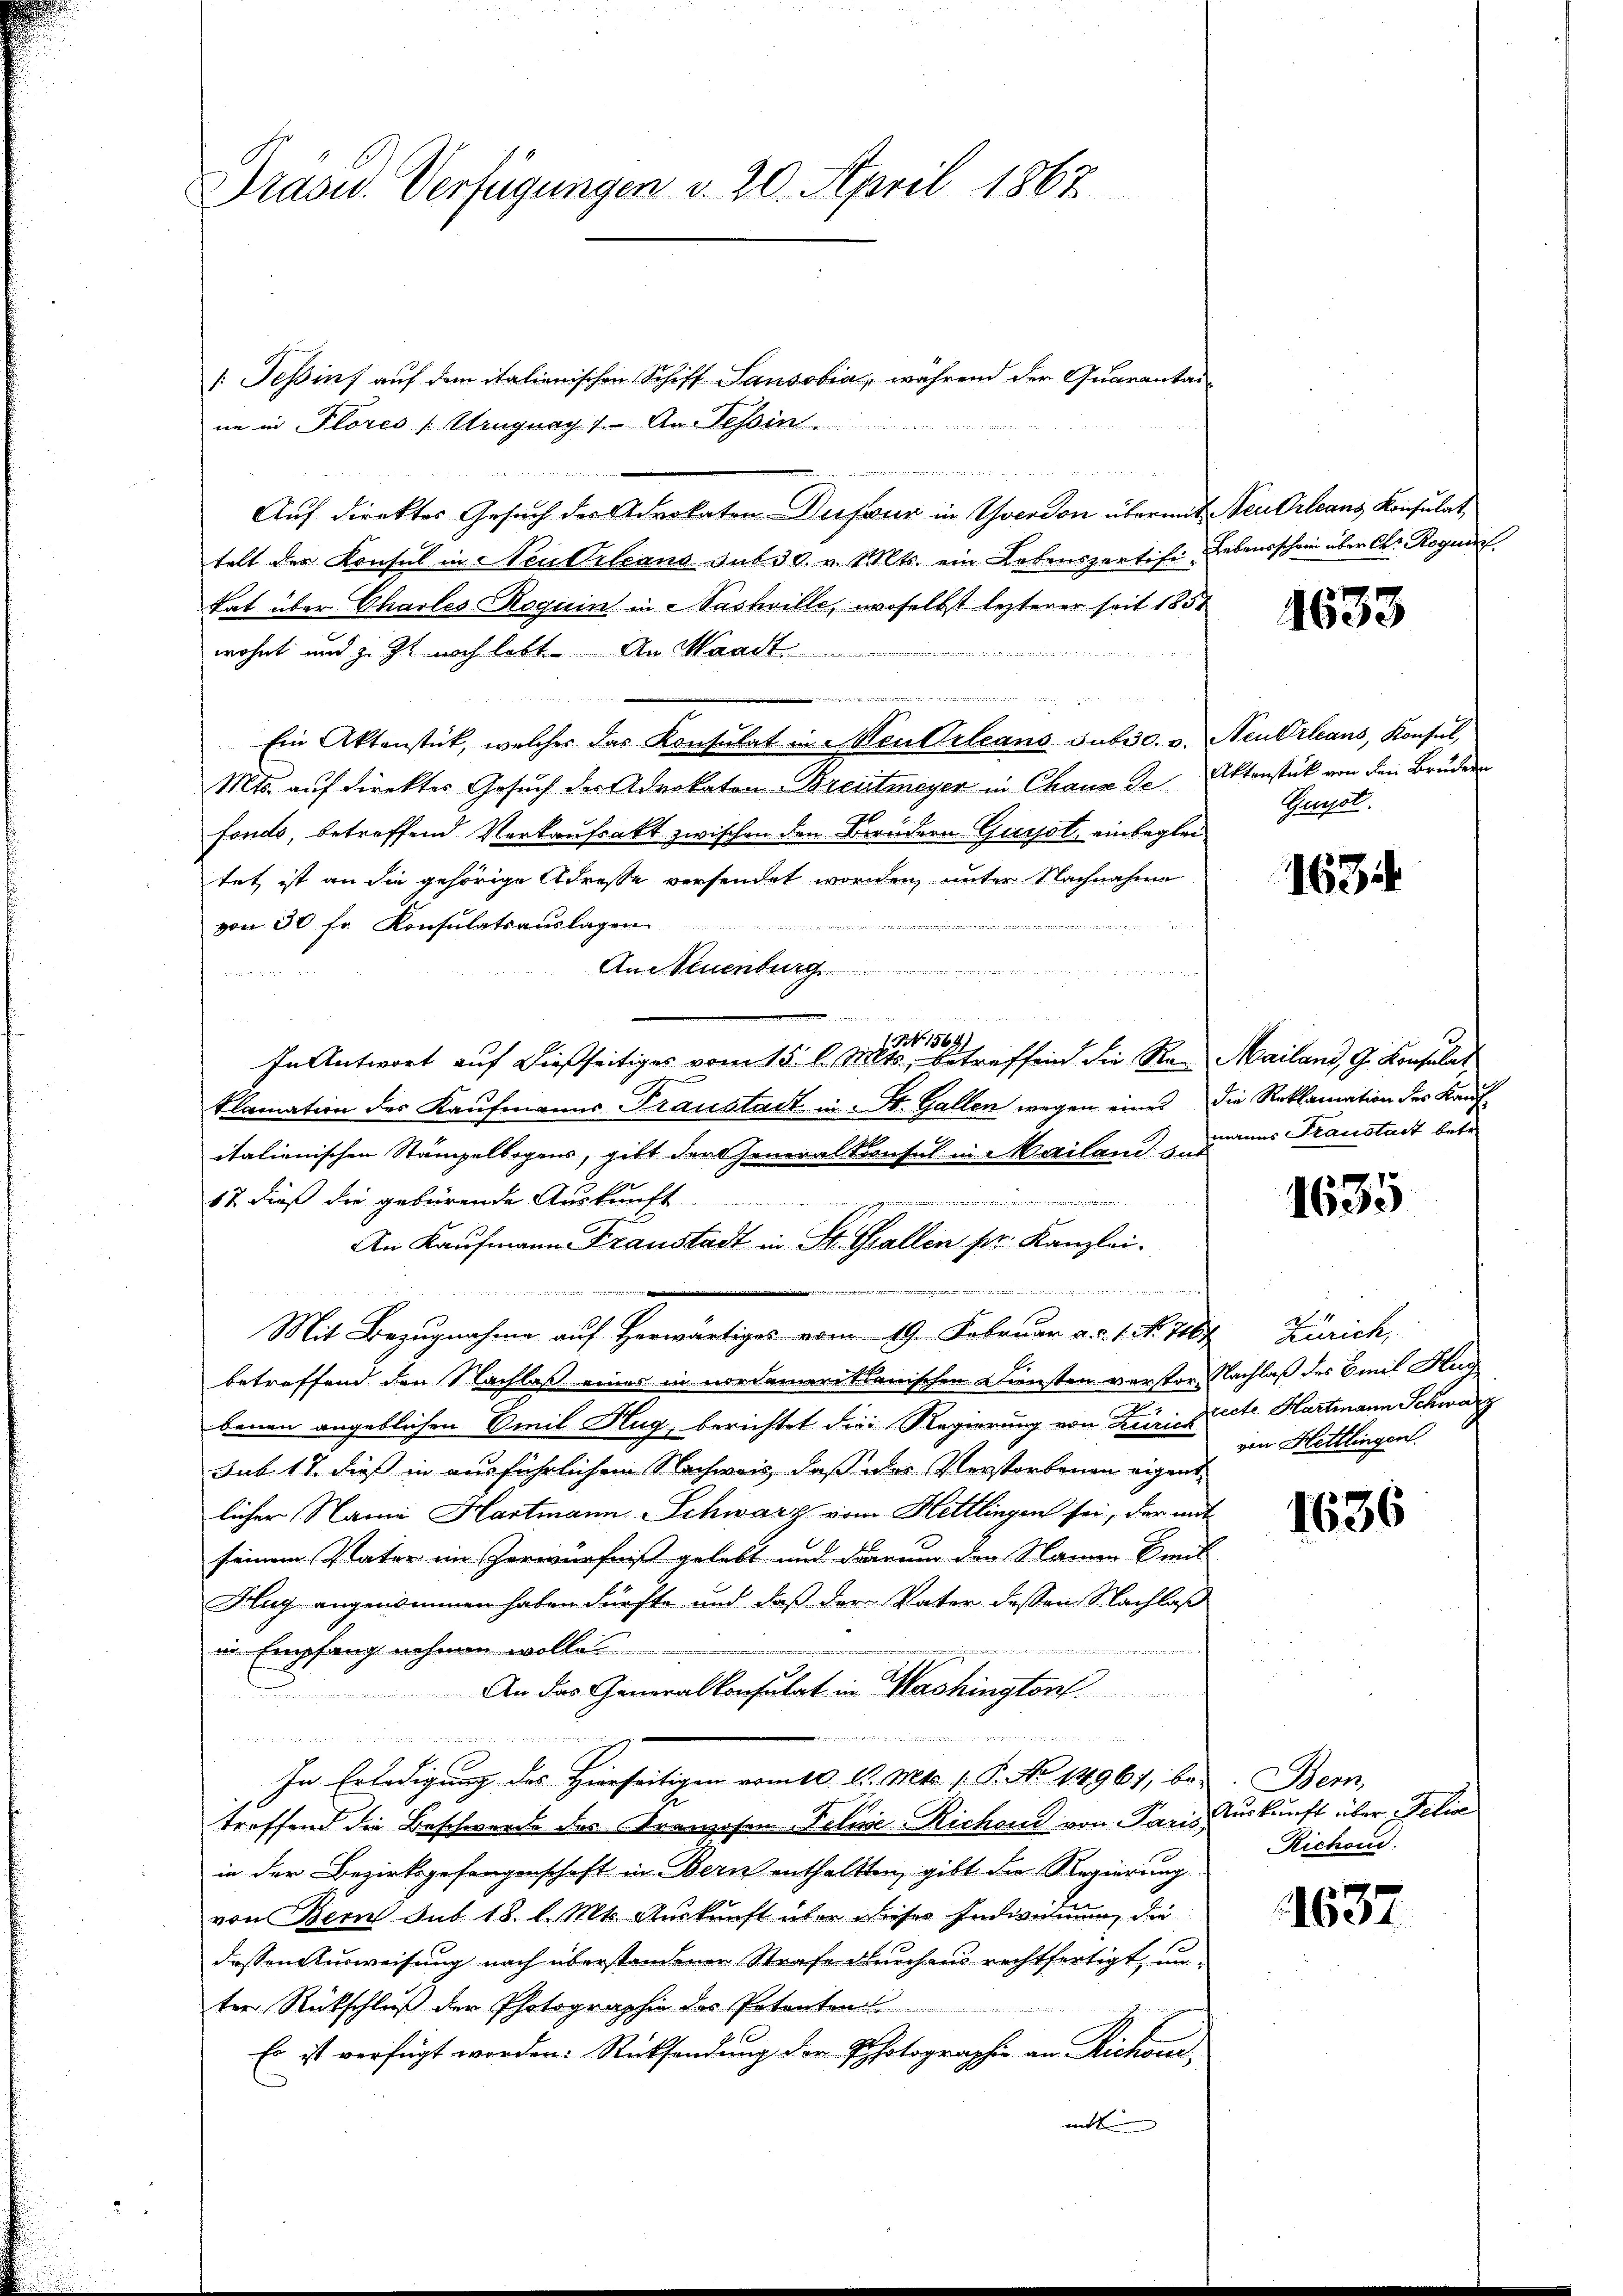
Präsid. Verfügungen d. 20. April 1862

[: Teßinf auf dem italienischen Schiff Sausobia, während der Quarantai
ne in Flores „Uruguay 1.- An Tessin

Auf direktes Gesuch des Advokaten Dufour in Yverdon übermit Neu Orleans Konsulat
telt der Konsul in Neukrleans sub 30. v. Mts. ein Lebenspertifi- Lebensschein über C. Roguel
Tat über Charles Roguin in Sachville, woselbst lezterer seit 1858
wohnt und z. Zt. noch lebt. An Waadt

 auch an den

Ein Aktenstück, welcher das Konsulat in Mendrleans subic. v. Neu Orleans, Konsul,
Mts. aŭf direkter Gesŭch der Advokaten-Breitmeyer in Chaux de Aktenstück von den Bruder
fonds, betreffend Verkaufsakt zwischen den Brüdern Gunst einbegleitet ist an die gehörige Adresse versendet worden, unter Nachnahme
von 30 fr. Konsulatsauslagen
An Neuenburg

NN 1564)
In Antwort auf dießseitiges vom 15. l. Mts., betreffend die Re- Mailand, G. Konsulat
klamation des Kaufmanns-Transtadt in St. Gallen wegen eines die Reklamation des Kaufitalienischen Stämpelbogens, gibt der Generalkonsul in Mailands in des Transtadt betr
i
17 dieß die gebürende Auskunft
An Kaufmann Franstadt in St. Gallen pr. Kanzlei.

Mit Bezugnahme auf Herwärtiges vom 19. Februar ad 1. N. 1181.
betreffend den Nachlaß eines in nordameritionischen Diensten verstor. Nachlaß des Emil Hug
benen angeblichen Emil Hug, berichtet die Regierung von Kriri Acte Hartmann Schwarz
sub. 17. dieß in ausführlichem Nachweis, daß des Verstorbenen eigentlicher Name Hartmann Schwarz vom Hettlingen sei, der mit
seinem Vater im Zerwürfniß gelebt und darum den Namen mit
Hug angenommen haben dürfte und daß der Vater dessen Nachlaß
in Empfang nehmen wolle.
An das Generalkonsulat in Washington

In Erledigung des Hierseitigen vom 10. d. Mts. 1. P. No 14961, betreffend die Beschwerde des Kranzosen Felive-Richand von Paris Auskunft über Felix
in der Bezirksgefangenschaft in Bern enthaltten, gibt die Regierung
von Bern Sub 18. l. Mt. Auskunft über dieser Indienung, die
dessen Ausweisung nach überstandenen Strafe durchaus rechtfertigt, unter Rückschluß der Photographie des Petenten
Es ist verfügt worden: Rücksendung der Photographie an Richaumit

1633

Gunst.

16314

1635

Zürich,
von Hettlingen.

1636

Bem
Richen.

1637